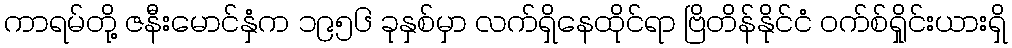
ကာရမ်တို့ ဇနီးမောင်နှံက ၁၉၅၆ ခုနှစ်မှာ လက်ရှိနေထိုင်ရာ ဗြိတိန်နိုင်ငံ ဝက်စ်ရှိုင်းယားရှိ